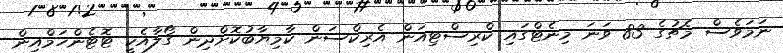
ނަމަވެސް މެޗުގެ 83 ވަނަ މިނެޓްގައި ކްރިސްޓިއަން އެރިކްސަން ކާމިޔާބުކޮށްދިން ގޯލާއެކީ ޓޮޓެންހަމްއިން